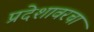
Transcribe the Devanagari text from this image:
प्रदेशावरचा